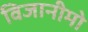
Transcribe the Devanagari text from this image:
विजानीमो